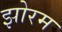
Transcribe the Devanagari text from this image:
झोरम